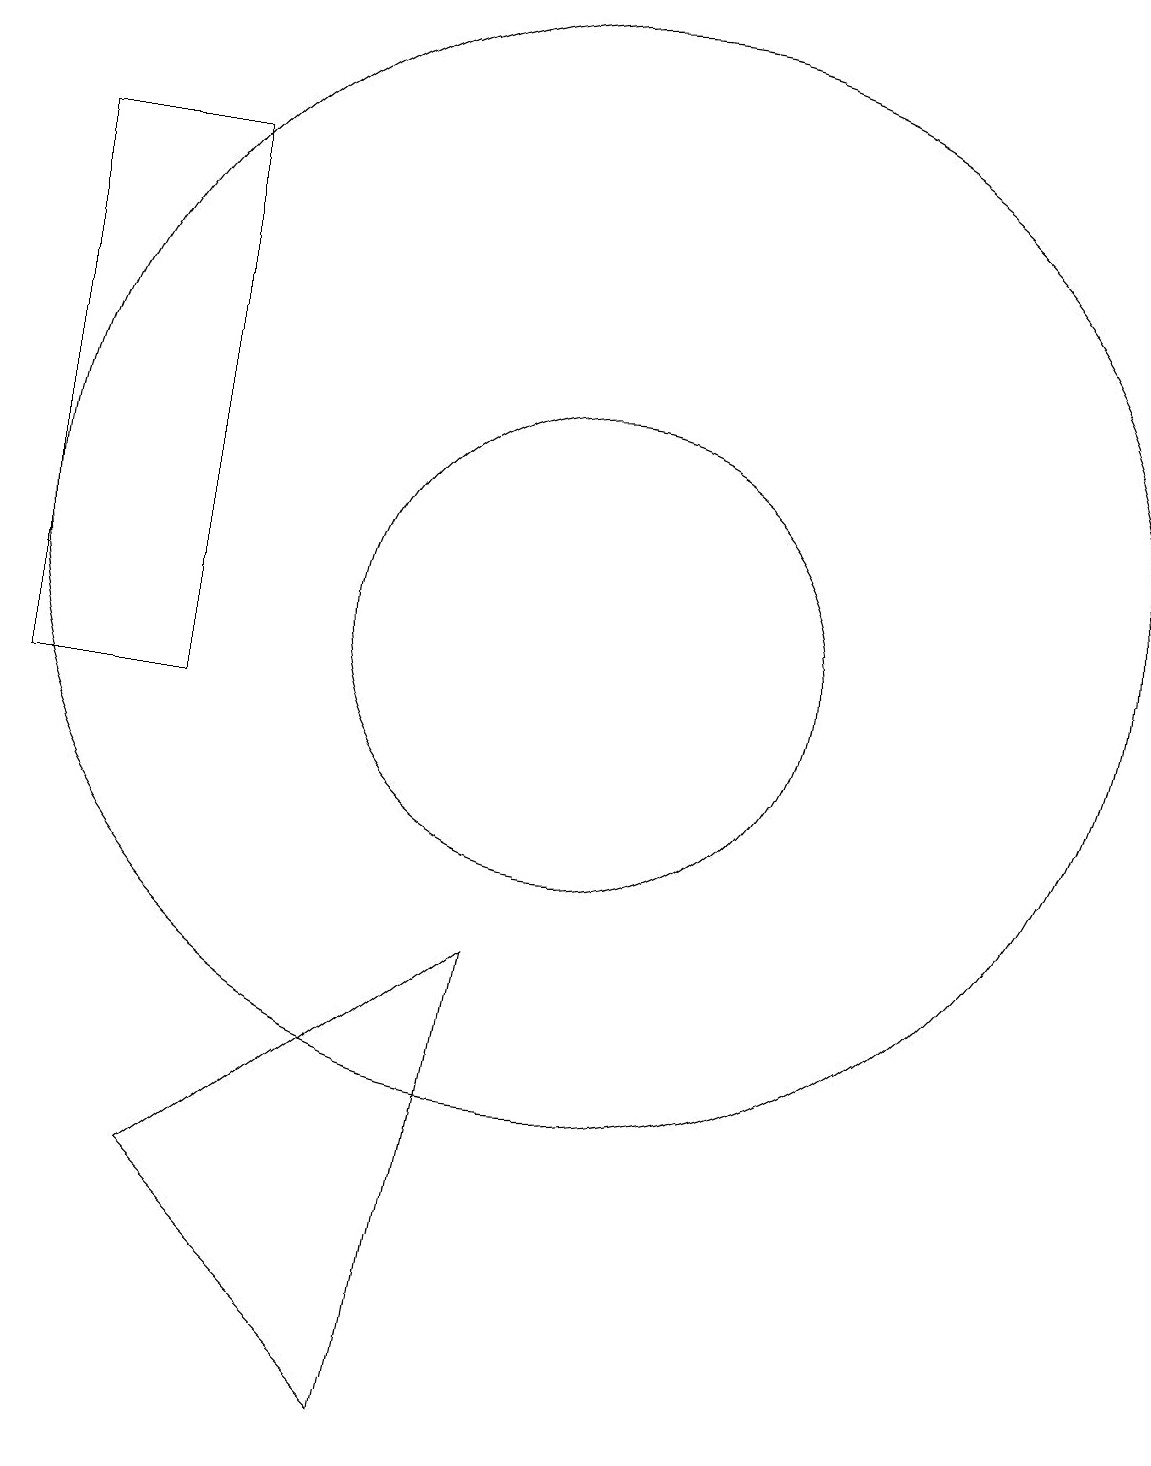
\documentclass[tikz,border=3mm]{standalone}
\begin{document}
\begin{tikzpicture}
\draw (11,10) circle (0);
\draw (10,12) circle (7);
\draw (10,11) circle (3);
\draw (5,17) rectangle (3,10);
\draw (8,1) -- (9,7) -- (5,4) -- cycle;
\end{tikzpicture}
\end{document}